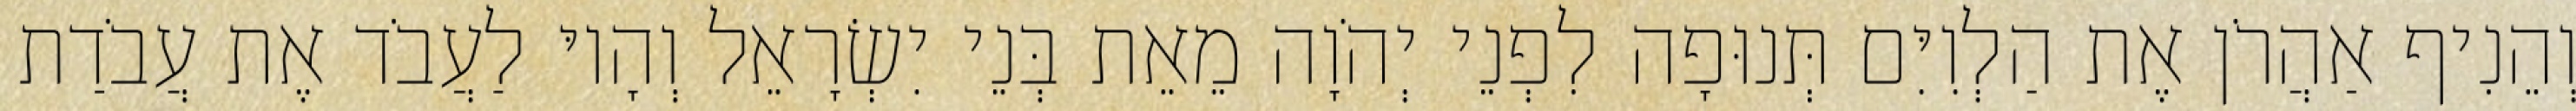
וְהֵנִיף אַהֲרֹן אֶת הַלְוִיִּם תְּנוּפָה לִפְנֵי יְהֹוָה מֵאֵת בְּנֵי יִשְׂרָאֵל וְהָיוּ לַעֲבֹד אֶת עֲבֹדַת